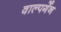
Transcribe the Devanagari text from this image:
वाल्पर्गेन